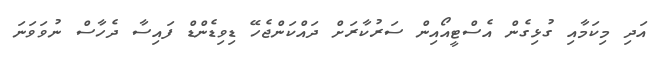
އަދި މިކަމާއި ގުޅިގެން އެސްޓީއޯއިން ސަރުކާރަށް ދައްކަންޖެހޭ ޑިވިޑެންޑް ފައިސާ ދެހާސް ނުވަވަނަ